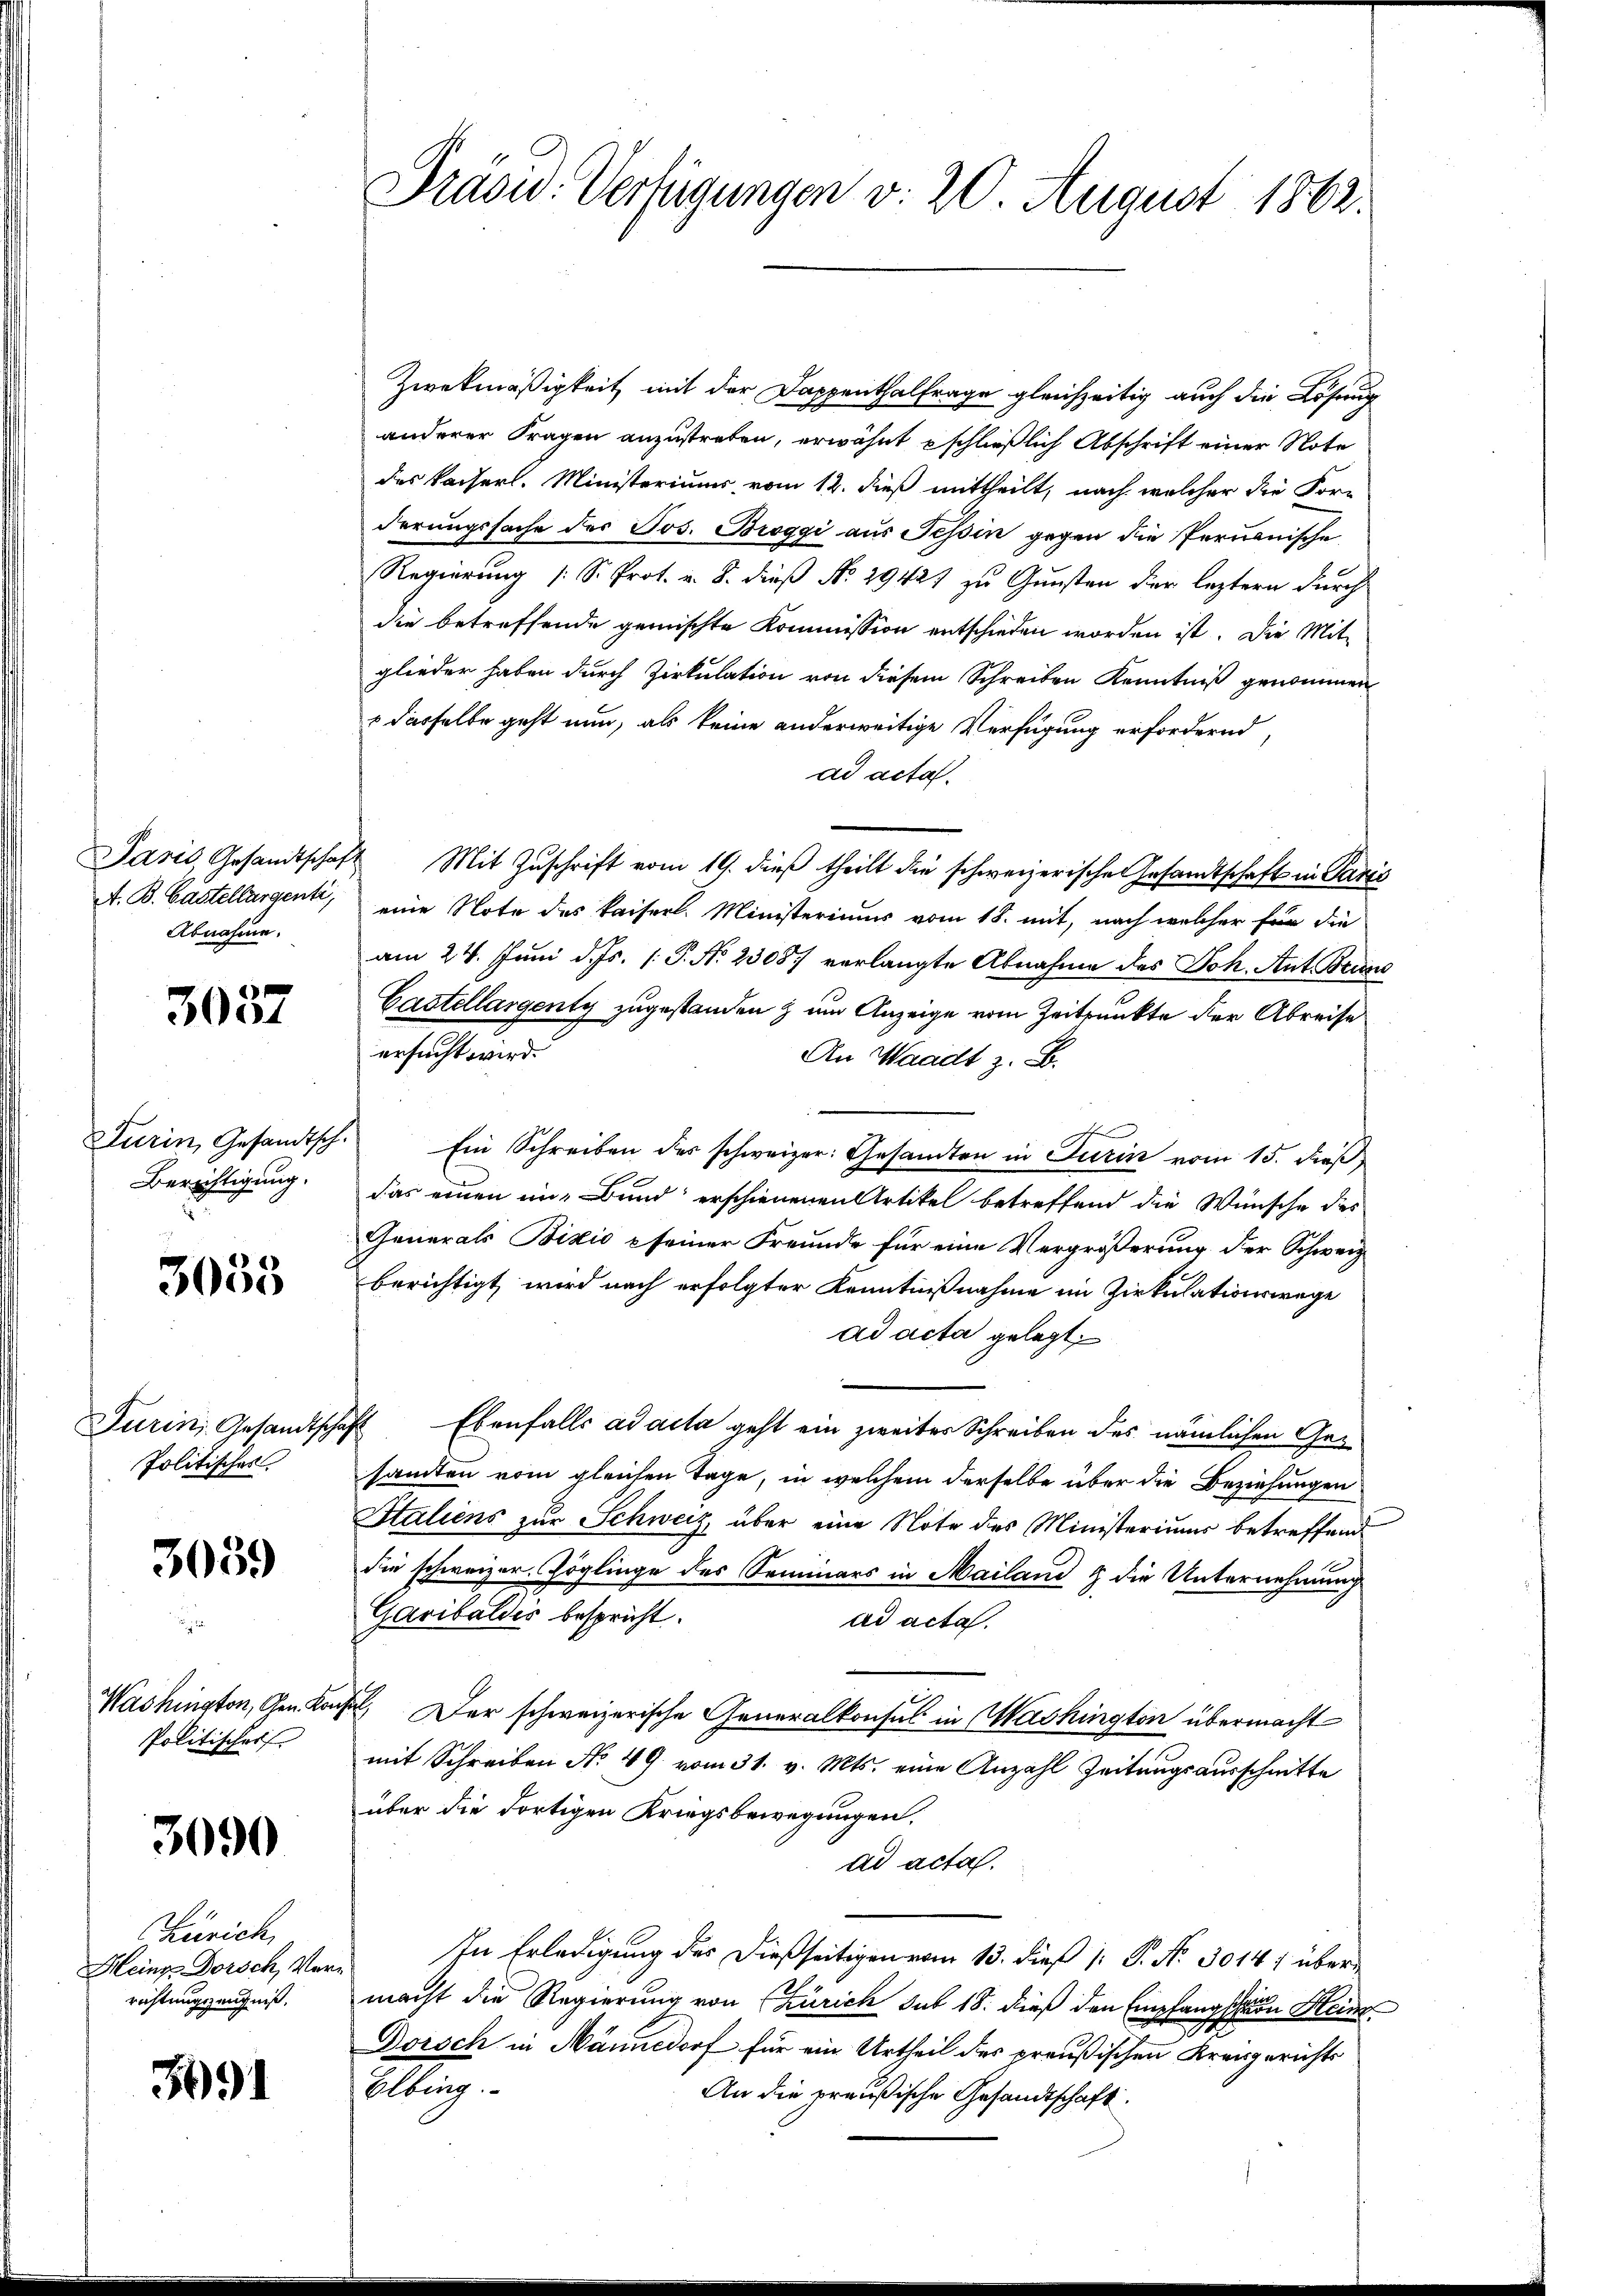
A. B. Castellargenti,
Abnahme.

3057

Turin, Gesandtsch.
Berichtigung.

3035

Politisches

3059

Washington, Gen. Kon
Politischer

3090

Zürich,
Heinz-Dorsch, Verrichtungszeugniß.

391

Präsid. Verfügungen v. 20. August 1862.

Zwekmäßigkeit mit der Dappenthalfrage gleichzeitig auch die Lösung
anderer Fragen anzustreben, erwähnt schließlich Abschrift einer Note
des Kaiserl. Ministeriums vom 12. dieß mittheilt, nach welcher die For-
derungssache des Jos. Broggi aus Tessin gegen die Pernonische
Regierung (S. Prot. v. 8. dieß No 29427 zu Gunsten der leztern durch
die betreffende gemischte Kommission entschieden worden ist. Die Mit-
glieder haben durch Zirkulation von diesem Schreiben Kenntniß genommen
s dasselbe geht nun, als keine anderweitige Verfügung erfordernd,
ad acta.
Paris, Gesandtschaft Mit Zŭschrift vom 19. dieß theilt die schweizerische Gesandtschaft in Paris
eine Note des kaiserl. Ministeriums vom 18. mit, nach welcher für die
am 24. Juni d. Js. [ P. Nr. 23087 verlangte Abnahme des Joh. Ant. Brunn
Castellargenty zugestanden zum Anzeige vom Zeitpunkte der Abreise
ersucht wird.
An Waadt z. B.
Ein Schreiben des schweizer: Gesandten in Turin vom 15. dieß
das einen in Bund erschienenen Artikel betreffend die Wünsche des
Generals Bizio seiner Freunde für eine Vergrößerung der Schweiz.
berichtigt, wird nach erfolgter Kenntnißnahme im Zirkulationswege
ad acta gelegt,
Turin, Gesandtschaft Ebenfalls ad acta geht ein zweiter Schreiben des nämlichen Gesamten vom gleichen Tage, in welchem derselbe über die Beziehungen
Italiens zur Schweiz, über eine Note des Ministeriums betreffend
die schweizer Zöglinge des Seminars in Mailand & die Unternehmung
Garibaldes bespricht.
ad acta.
. Der schweizerische Generalkonsul in Washington übermacht
mit Schreiben No 49 vom 31. v. Mts. eine Anzahl Zeitungsausschnitte
über die dortigen Kriegsbewegungen,
ad acta.
In Erledigung des dießseitigen vom 13. dieß [ P. No 3014 übermacht die Regierung von Zürich sub 18. dieß den Empfangschen Heinr
Dorsch in Männedorf für ein Urtheil des preußischen Kreisgerichts
Elbing
An die preußische Gesandtschaft.